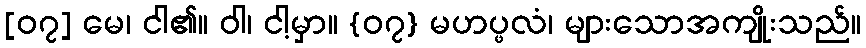
[၀၇] မေ၊ ငါ၏။ ဝါ၊ ငါ့မှာ။ {၀၇} မဟပ္ဖလံ၊ များသောအကျိုးသည်။